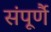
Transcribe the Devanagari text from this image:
संपूर्णै